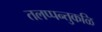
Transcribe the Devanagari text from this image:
तलप्पन्तुकळि